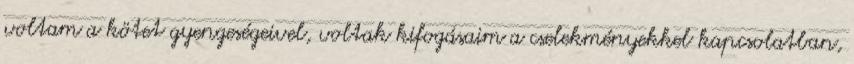
voltam a kötet gyengeségeivel, voltak kifogásaim a cselekményekkel kapcsolatban,